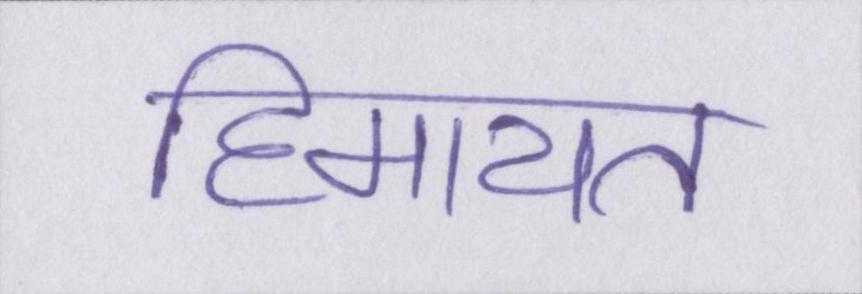
हिमायत